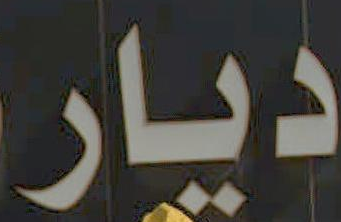
ديار